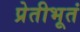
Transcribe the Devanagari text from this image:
प्रेतीभूतं